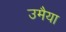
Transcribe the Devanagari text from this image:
उमैया